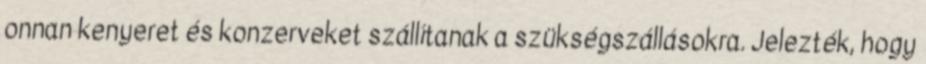
onnan kenyeret és konzerveket szállítanak a szükségszállásokra. Jelezték, hogy